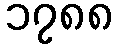
၁၇၈၈